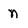
Character: n